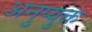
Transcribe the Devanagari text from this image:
अनुप्युक्त